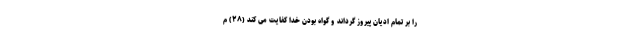
را بر تمام اديان پيروز گرداند و گواه بودن خدا كفايت مى كند (۲۸) م